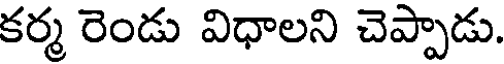
కర్మ రెండు విధాలని చెప్పాడు.